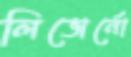
লিভোর্নো